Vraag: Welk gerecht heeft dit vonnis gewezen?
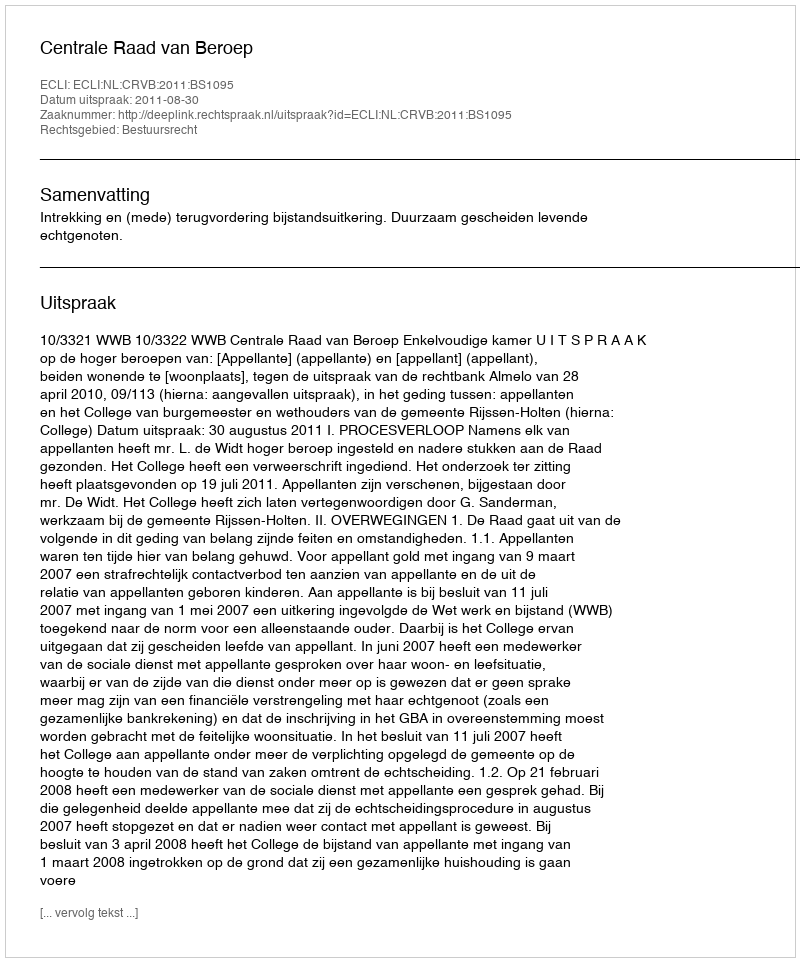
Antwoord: Centrale Raad van Beroep